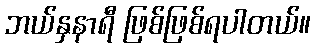
ဘယ်နှနာရီ ဖြစ်ဖြစ်ရပါတယ်။